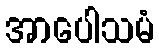
အာပေါသမံ